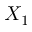
X _ { 1 }